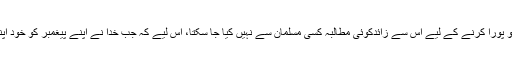
اِس کے معنی یہ ہیں کہ ریاست اور قانون کی سطح پر ایمان و اسلام کے تقاضوں کو پورا کرنے کے لیے اِس سے زائدکوئی مطالبہ کسی مسلمان سے نہیں کیا جا سکتا، اِس لیے کہ جب خدا نے اپنے پیغمبر کو خود اپنی حکومت میں اِس کی اجازت نہیں دی تو دوسروں کو کس طرح دی جا سکتی ہے۔